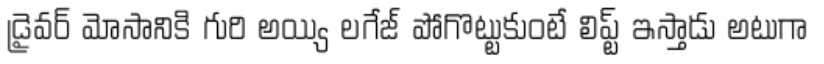
డ్రైవర్ మోసానికి గురి అయ్యి లగేజ్ పోగొట్టుకుంటే లిప్ట్ ఇస్తాడు అటుగా